Code of medical and sanitary regulations for the guidance of medical officers serving in the Madras Presidency - Volume I
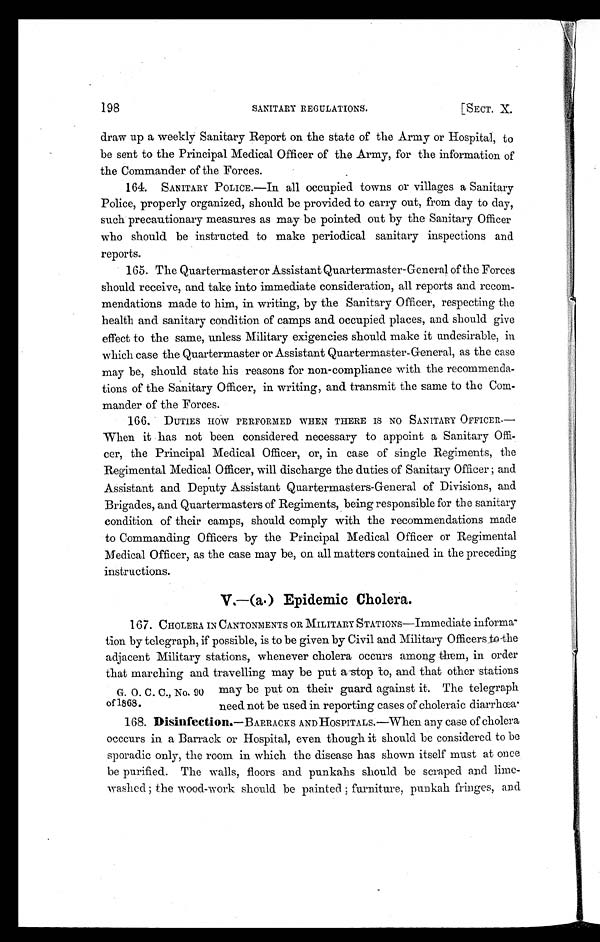
198
SANITARY REGULATIONS.
[SECT. X.
draw up a weekly Sanitary Report on the state of the Army or Hospital, to
be sent to the Principal Medical Officer of the Army, for the information of
the Commander of the Forces.
164. SANITARY POLICE.—In all occupied towns or villages a Sanitary
Police, properly organized, should be provided to carry out, from day to day,
such precautionary measures as may be pointed out by the Sanitary Officer
who should be instructed to make periodical sanitary inspections and
reports.
165. The Quartermaster or Assistant Quartermaster-General of the Forces
should receive, and take into immediate consideration, all reports and recom-
mendations made to him, in writing, by the Sanitary Officer, respecting the
health and sanitary condition of camps and occupied places, and should give
effect to the same, unless Military exigencies should make it undesirable, in
which case the Quartermaster or Assistant Quartermaster-General, as the case
may be, should state his reasons for non-compliance with the recommenda-
tions of the Sanitary Officer, in writing, and transmit the same to the Com-
mander of the Forces.
166. DUTIES HOW PERFORMED WHEN THERE IS NO SANITARY OFFICER.—
When it has not been considered necessary to appoint a Sanitary Offi-
cer, the Principal Medical Officer, or, in case of single Regiments, the
Regimental Medical Officer, will discharge the duties of Sanitary Officer ; and
Assistant and Deputy Assistant Quartermasters-General of Divisions, and
Brigades, and Quartermasters of Regiments, being responsible for the sanitary
condition of their camps, should comply with the recommendations made
to Commanding Officers by the Principal Medical Officer or Regimental
Medical Officer, as the case may be, on all matters contained in the preceding
instructions.
V.—(a.) Epidemic Cholera.
167. CHOLERA IN CANTONMENTS OR MILITARY STATIONS—Immediate informa-
tion by telegraph, if possible, is to be given by Civil and Military Officers to the
adjacent Military stations, whenever cholera occurs among them, in order
that marching and travelling may be put a stop to, and that other stations
may be put on their guard against it. The telegraph
need. not be used in reporting cases of choleraic diarrhœa.
168. Disinfection.—BARRACKS AND HOSPITALS.—When any case of cholera
occcurs in a Barrack or Hospital, even though it should be considered to be
sporadic only, the room in which the disease has shown itself must at once
be purified. The walls, floors and punkahs should be scraped and lime-
washed; the wood-work should be painted ; furniture, punkah fringes, and
G. 0. C. C., No. Ol
of 1868,